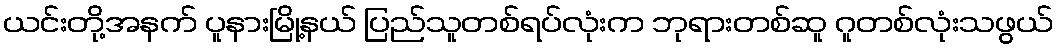
ယင်းတို့အနက် ပူနားမြို့နယ် ပြည်သူတစ်ရပ်လုံးက ဘုရားတစ်ဆူ ဂူတစ်လုံးသဖွယ်